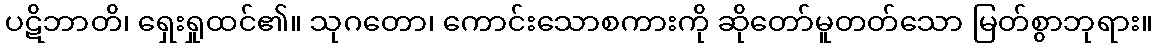
ပဋိဘာတိ၊ ရှေးရှုထင်၏။ သုဂတော၊ ကောင်းသောစကားကို ဆိုတော်မူတတ်သော မြတ်စွာဘုရား။